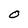
Character: O